Leningradi_Edasi_toimetus, lk 17
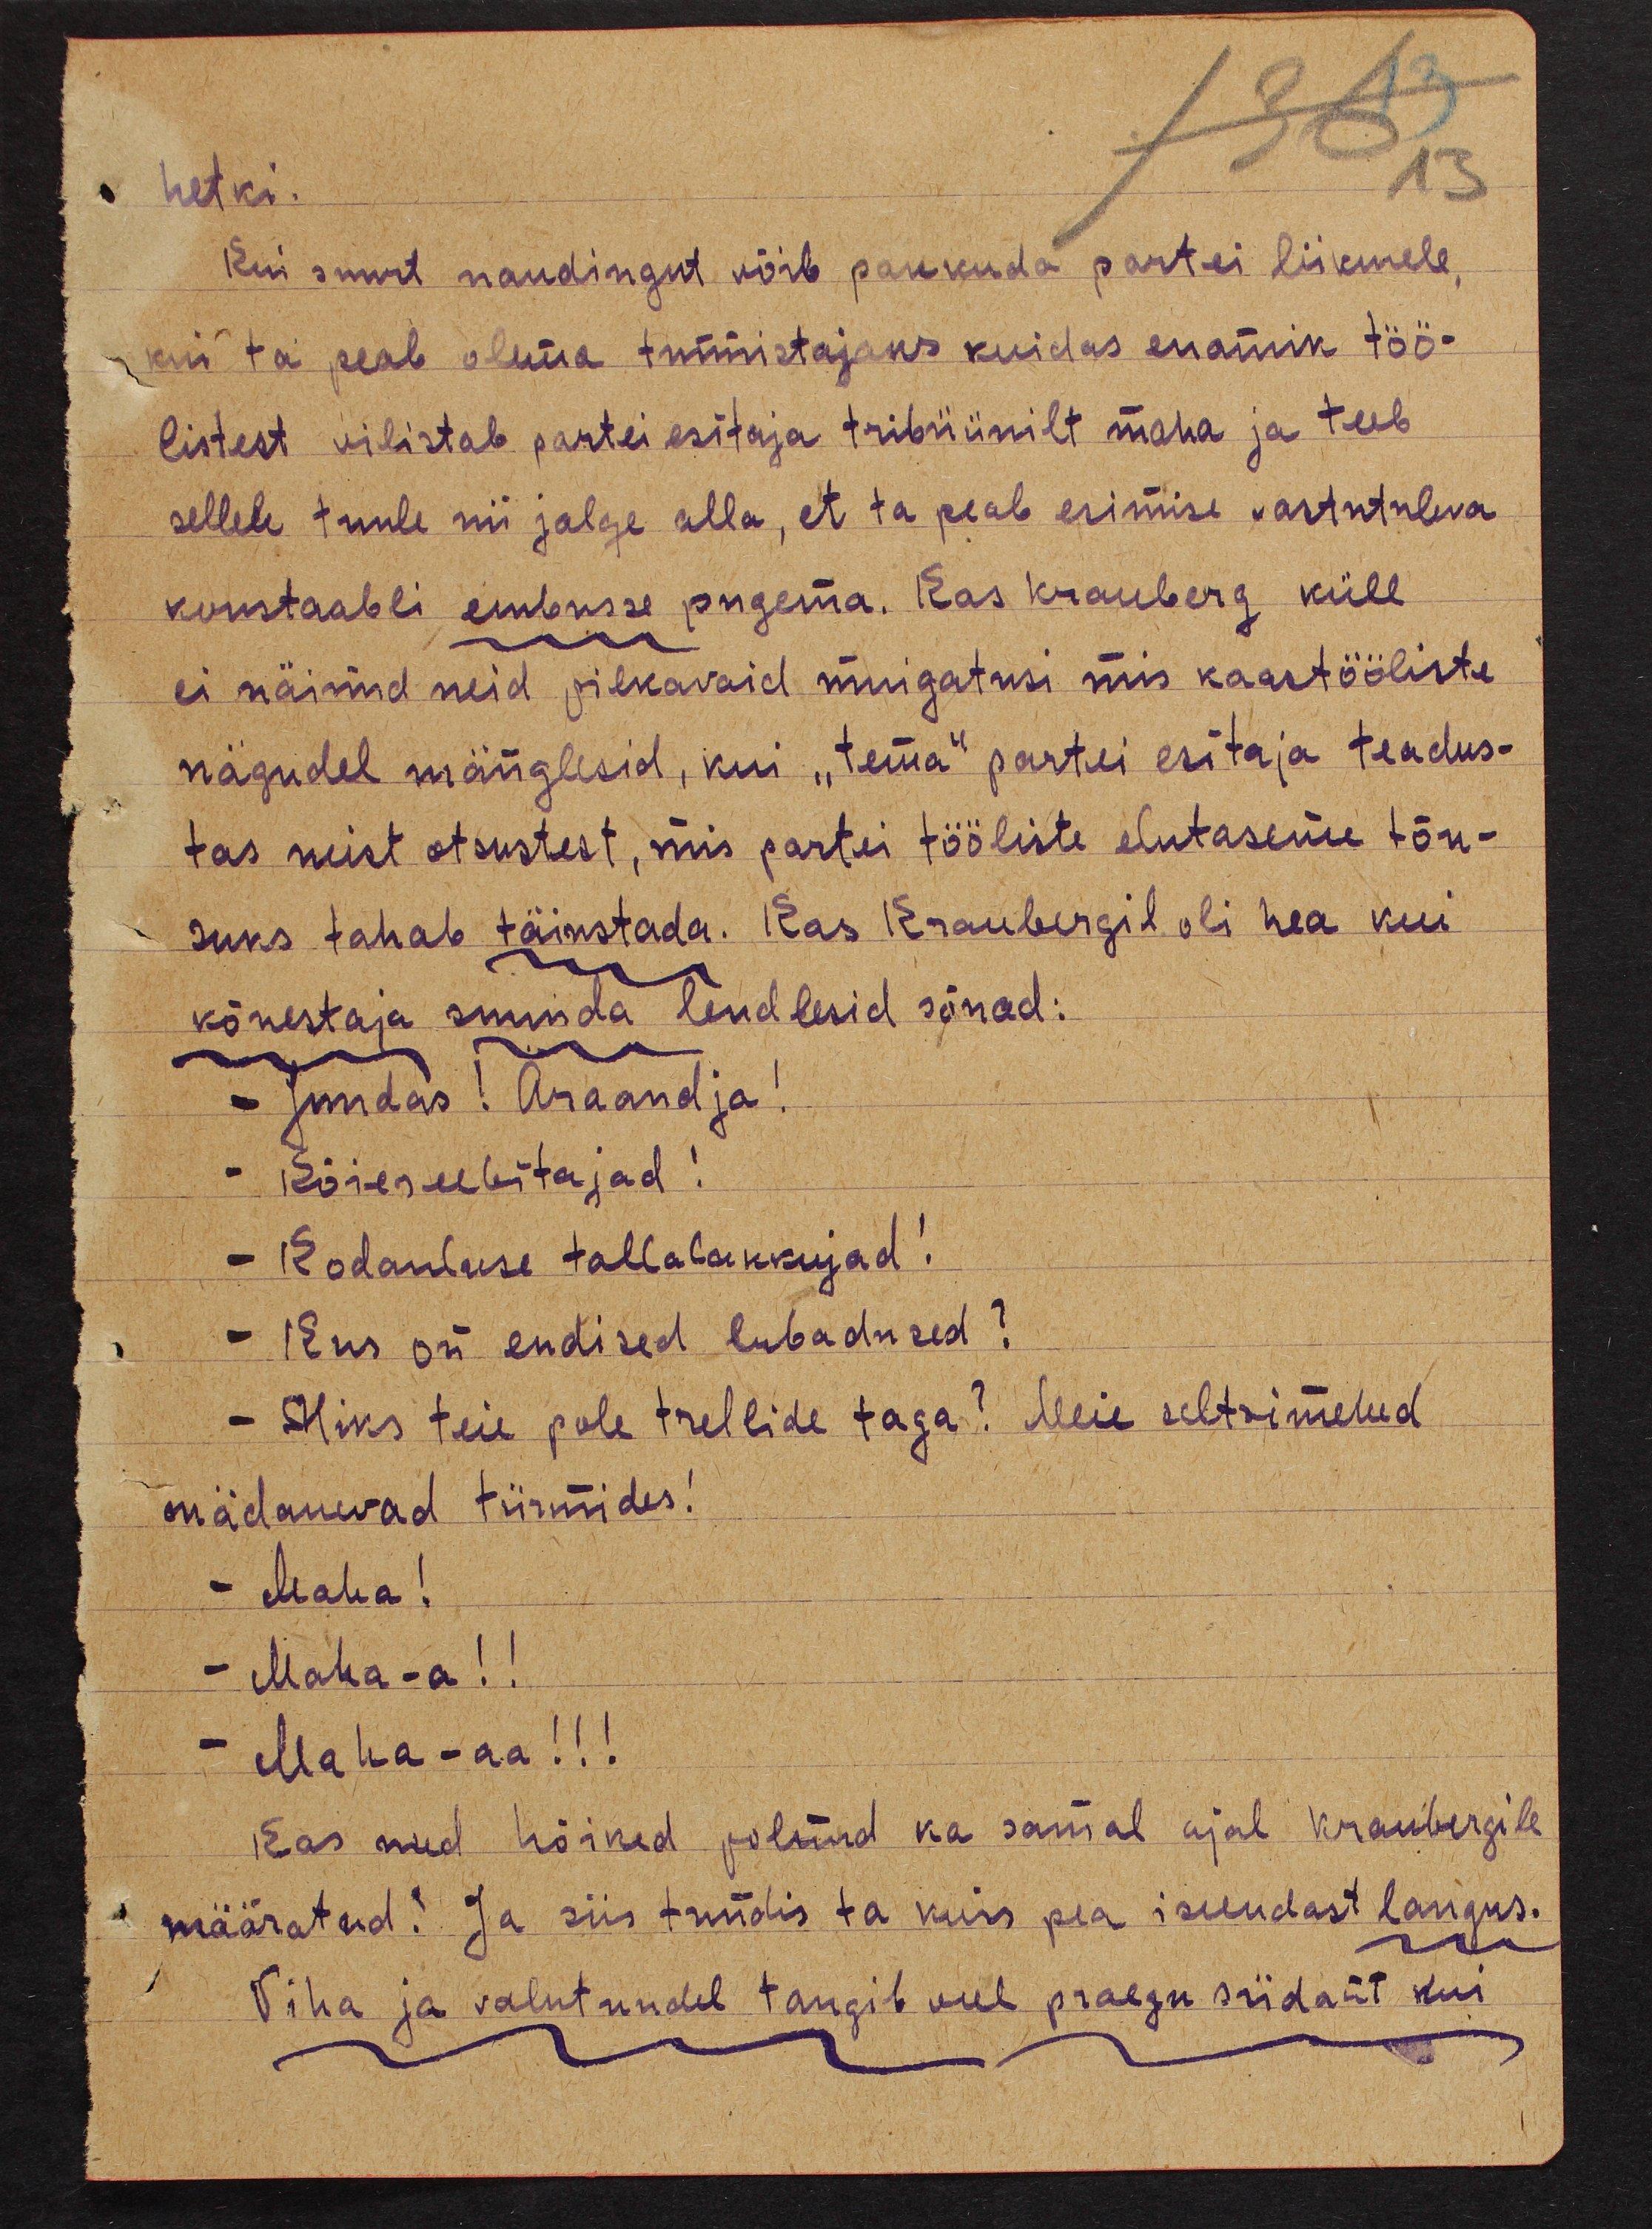
hetki.
Kui suurt naudingut võib pakkuda partei liikmele,
kui ta peab olema tunnistajaks kuidas enamik töö-
listest vilistab partei esitaja tribüünilt maha ja teeb
sellele tuule nii jalge alla, et ta peab esimise vastutuleva
konstaabli embusse pugema. Kas Krauberg küll
ei näinud neid pilkavaid muigatusi mis kaastööliste
nägudel mänglesid, kui "tema" partei esitaja teadus-
tas neist otsustest, mis partei tööliste elutaseme tõu-
suks tahab täiustada. Kas Kraubergil oli hea kui
kõnestaja suunda lendlesid sõnad:
- Juudas? Äraandja!
- Köieseebitajad!
- Kodanluse tallalakkujad!
- Kus on endised lubadused?
- Miks teie pole trellide taga? Meie seltsimehed
mädanevad türmides!
-Maha!
- Maha-a!!
- Maha-aa!!
Kas need hõiked polnud ka samal ajal Kraubergile
määratud? Ja siis tundis ta kuis pea iseendast langus.
Viha ja valutundel tangib veel praegu südant kui